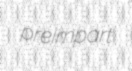
preimpart